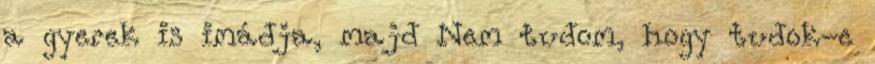
a gyerek is imádja, majd Nem tudom, hogy tudok-e